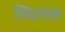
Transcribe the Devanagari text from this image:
स्पिनल